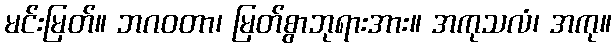
မင်းမြတ်။ ဘဂဝတာ၊ မြတ်စွာဘုရားအား။ အကုသလံ၊ အကု။